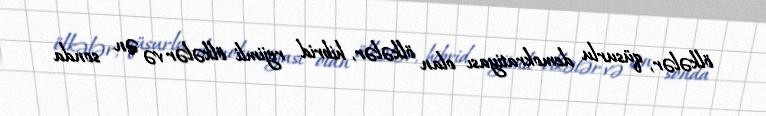
ölkələr, qüsurlu demokratiyası olan ölkələr, hibrid rejimli ölkələr və ən sonda